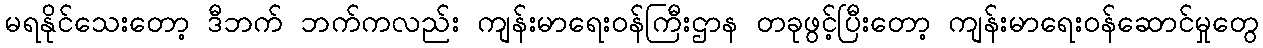
မရနိုင်သေးတော့ ဒီဘက် ဘက်ကလည်း ကျန်းမာရေးဝန်ကြီးဌာန တခုဖွင့်ပြီးတော့ ကျန်းမာရေးဝန်ဆောင်မှုတွေ